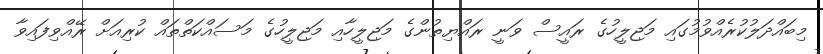
މިބައްދަލުކުރެއްވުމުގައި މަޖިލީހުގެ ރައީސް ވަނީ ރައްޔިތުންގެ މަޖިލީހާއި މަޖިލީހުގެ މަސައްކަތްތައް ކުރިއަށް ރޭއްވިފައިވާ